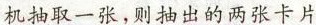
机抽取一张，则抽出的两张卡片